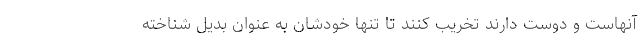
آنهاست و دوست دارند تخریب کنند تا تنها خودشان به عنوان بدیل شناخته